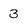
Character: 3